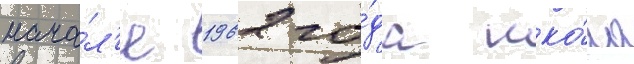
нача́л'е 1962 го́да шко́ла